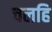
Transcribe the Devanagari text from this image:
चलहि